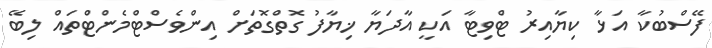
ފޭސްބުކާ އަޅާ ކިޔާއިރު ޓްވިޓާ އަކީ އާދަޔާ ޚިޔާފު ގޮތްގޮތަށް އިންވެސްޓްމެންޓްތައް ލިބޭ